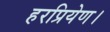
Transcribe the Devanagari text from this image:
हरप्रियेण।